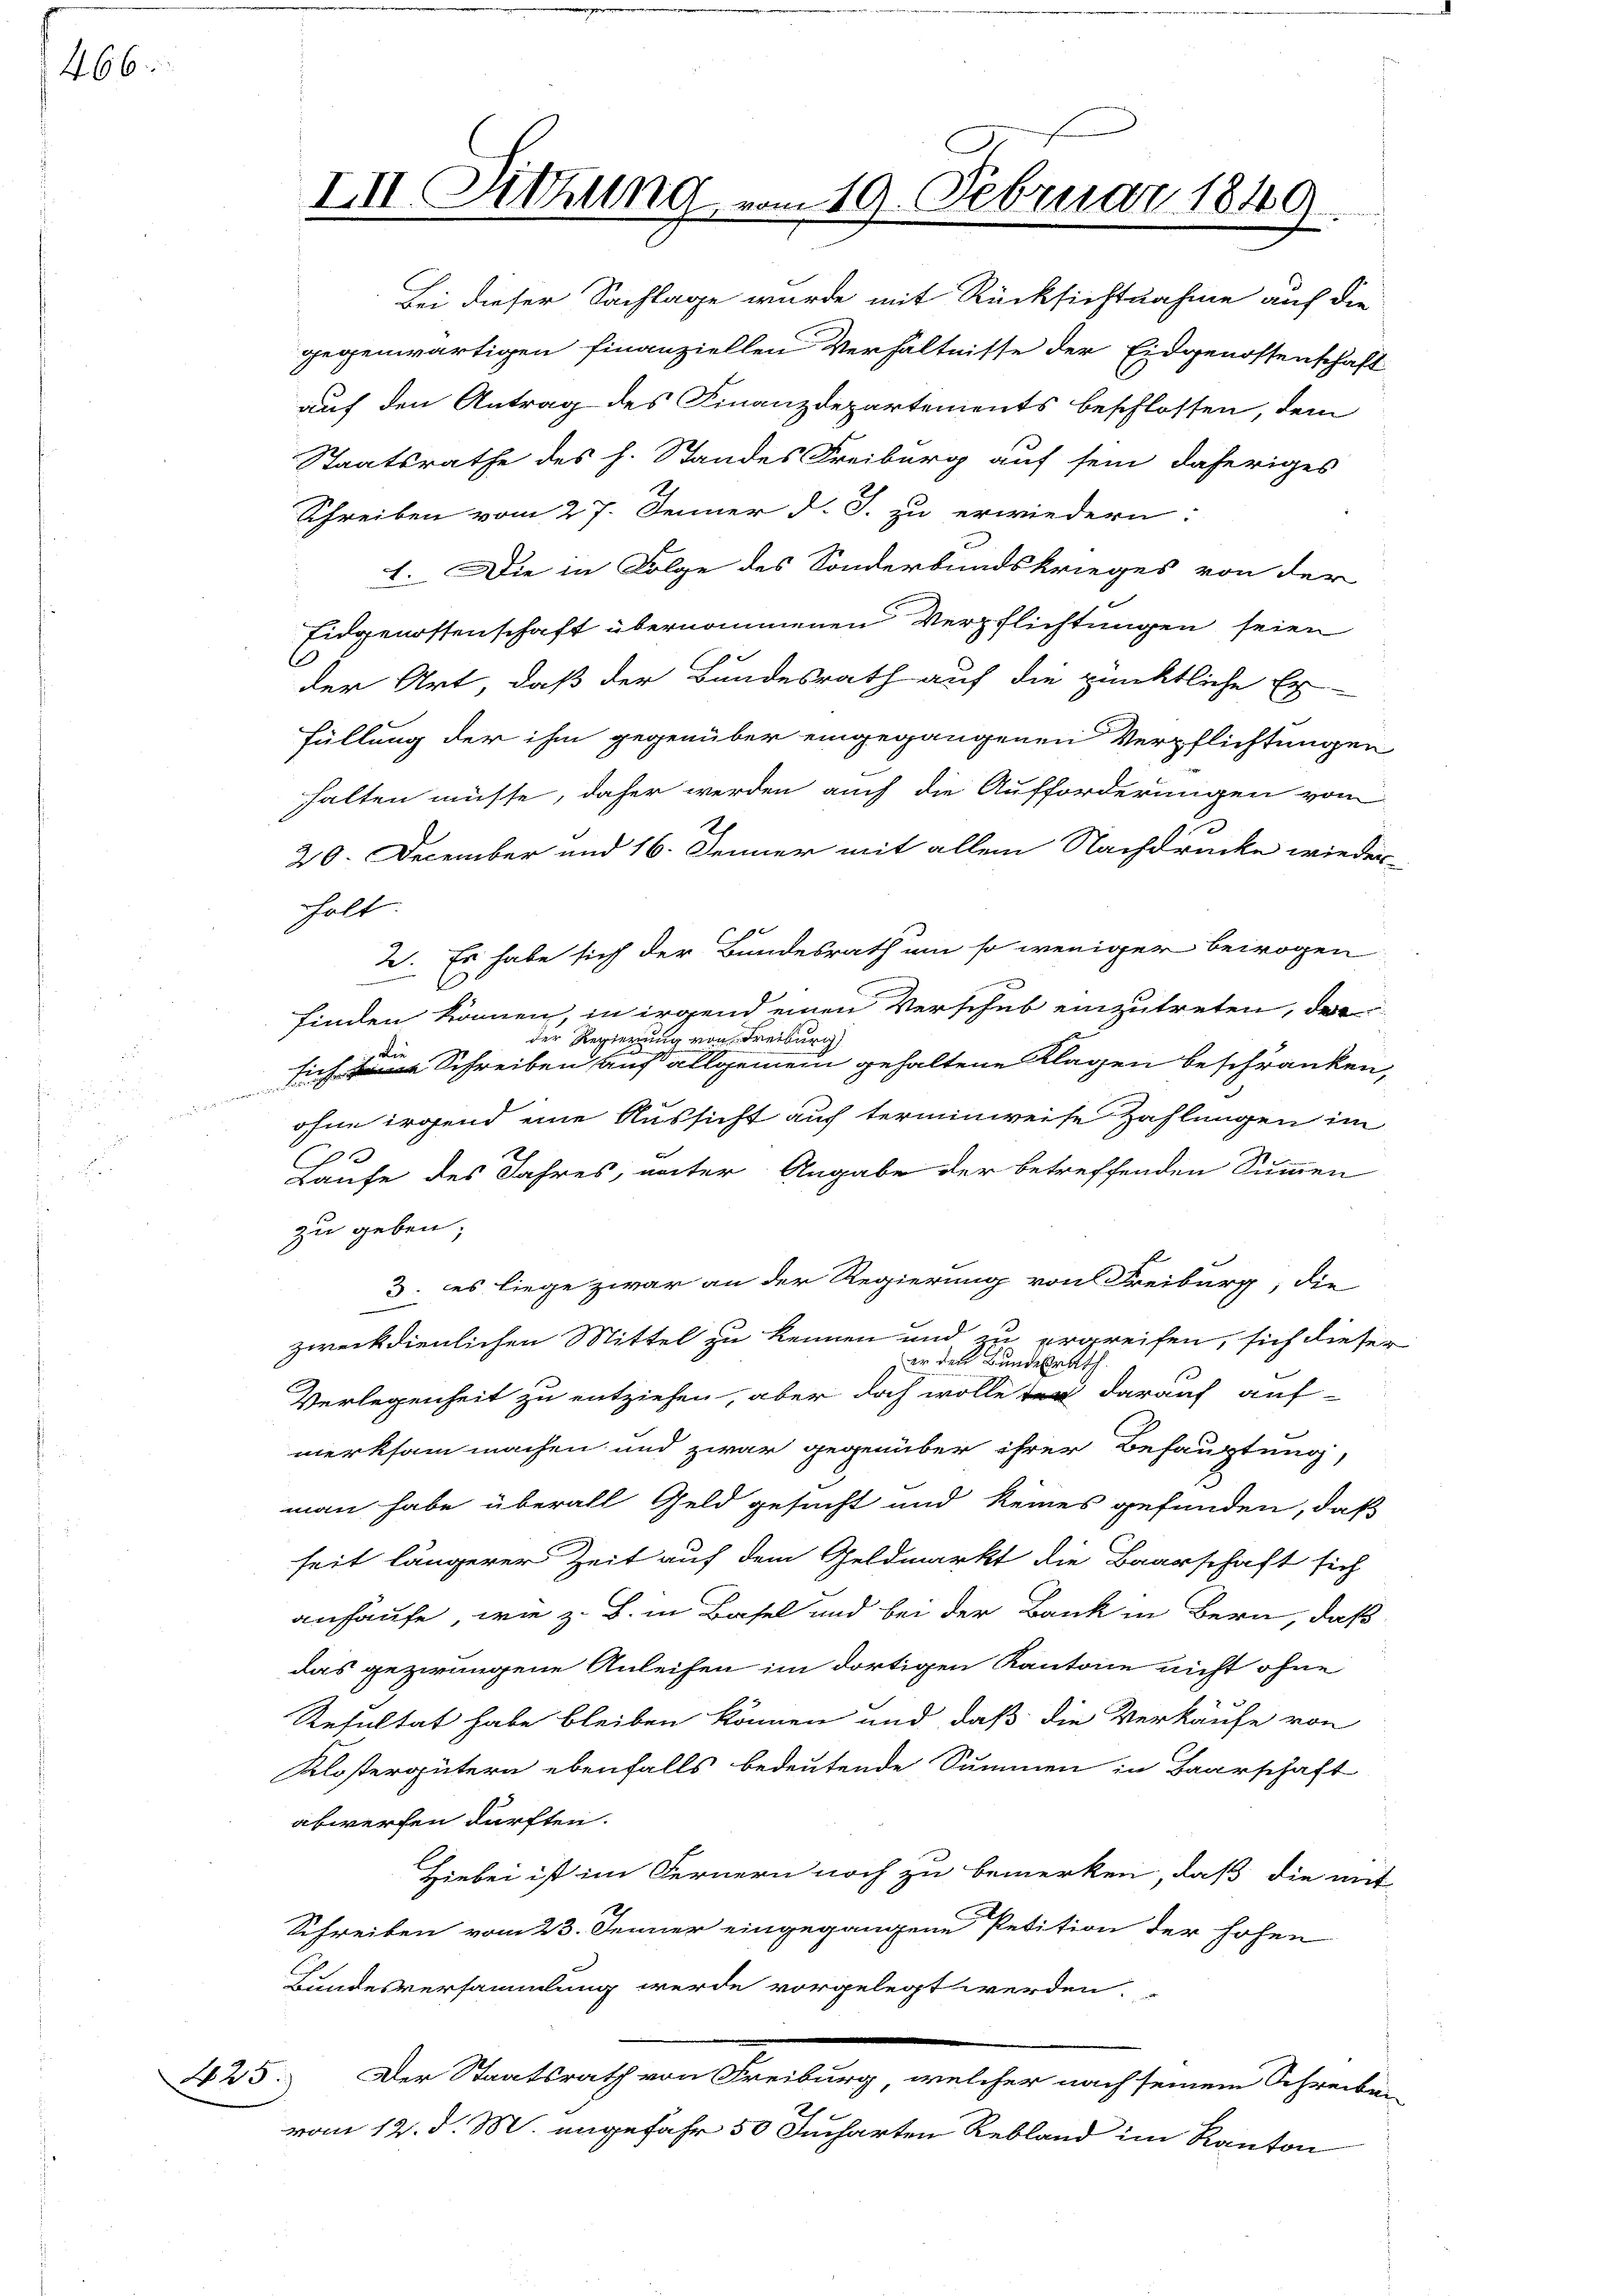
466

e

III. Sitzung vom 19. Februar 1849.

Bei dieser Sachlage wurde mit Rücksichtnahme auf die
gegenwärtigen finanziellen Verhältnisse der Eidgenossenschaft
auf den Antrag des Finanzdepartements beschlossen, dem
Staatsrathe des h. Standes Freiburg auf sein daheriges
Schreiben vom 27. Jenner d. J. zu erwiedern:
1. Die in Folge des Sonderbundskrieges von der
Eidgenossenschaft übernommenen Verpflichtungen seien
der Art, daß der Bundesrath auf die pünktliche Er-
Füllung der ihm gegenüber eingegangenen Verpflichtungen
halten müsse, daher werden auch die Aufforderungen vom
2
20. December und 16. Jenner mit allem Nachdrücke wieder-
holt.
2. Es habe sich der Bundesrath um so weniger bewogen
finden können, in irgend einen Verschub einzutreten, das
der Regierung von Freiburg
siche Schreiben auf allgemein gehaltene Klagen beschränken,
ohne irgend eine Aussicht auf terminweise Zahlungen im
p
Laufe des Jahres, unter Angabe der betreffenden Summen
zu geben;
3. es liege zwar an der Regierung von Freiburg, die
zweckdienlichen Mittel zu kennen und zu ergreifen, sich dieser
in Bundesrath
 (er
Verlegenheit zu entziehen, aber doch wolle er darauf auf-
merksam machen und zwar gegenüber ihrer Behauptung,
man habe überall Geld gesucht und keines gefunden, daß
seit längerer Zeit auf dem Geldmarkt die Baarschaft sich
anhäufe, wie z. B. in Basel und bei der Bank in Bern, daß
das gezwungene Anleihen im dortigen Kantone nicht ohne
Resultat habe bleiben können und daß die Verkäufe von
Klostergütern ebenfalls bedeutende Summen in Baarschaft
abwerfen dürften.
Hiebei ist im Fernern noch zu bemerken, daß die mit
Schreiben vom 23. Jenner eingegangene Petition der hohen
Bundesversammlung werde vorgelegt werden.
125. Der Staatsrath von Schreibung, welcher nach seinen Schieden
vom 12. d. M. angefahr 50 Jucharten Rebland im Kanton